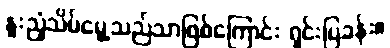
နူးညံ့သိမ်မွေ့သည်သာဖြစ်ကြောင်း ရှင်းပြခန်း။